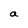
Character: a